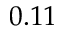
0 . 1 1